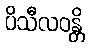
ပိသီလဝန္တိ